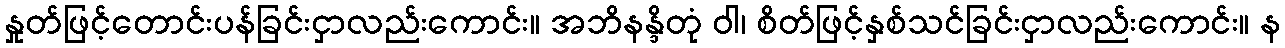
နှုတ်ဖြင့်တောင်းပန်ခြင်းငှာလည်းကောင်း။ အဘိနန္ဒိတုံ ဝါ၊ စိတ်ဖြင့်နှစ်သင်ခြင်းငှာလည်းကောင်း။ န